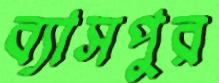
ব্যাসপুর